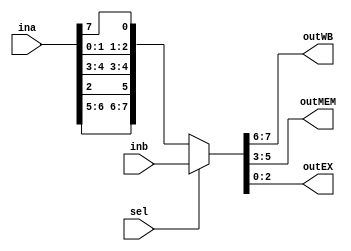
`timescale 1ns / 1ps
//////////////////////////////////////////////////////////////////////////////////
// Company: 
// Engineer: 
// 
// Design Name: 
// Module Name: mux2_3
// Project Name: 
// Target Devices: 
// Tool Versions: 
// Description: 
// 
// Dependencies: 
// 
// Revision:
// Revision 0.01 - File Created
// Additional Comments:
// 
//////////////////////////////////////////////////////////////////////////////////


module mux2_3(input [7:0] ina,inb,
              input sel,
              output [1:0] outWB,
              output [2:0] outMEM,
              output [2:0] outEX);
    
    //outWB = MemToReg | RegWrite
    //outMEM = Branch | MemRead | MemWrite
    //outEX = ALUop | ALUSrc
    assign {outWB, outMEM, outEX} = (sel == 0) ? {ina[6], ina[5], ina[2], ina[4], ina[3], ina[1:0], ina[7]} : inb;
endmodule